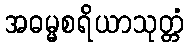
အဓမ္မစရိယာသုတ္တံ